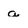
Character: a